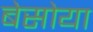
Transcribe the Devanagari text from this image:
बेसोया